Vaccination in the Punjab 1883-1896 - 1883-1896
Year: 1883
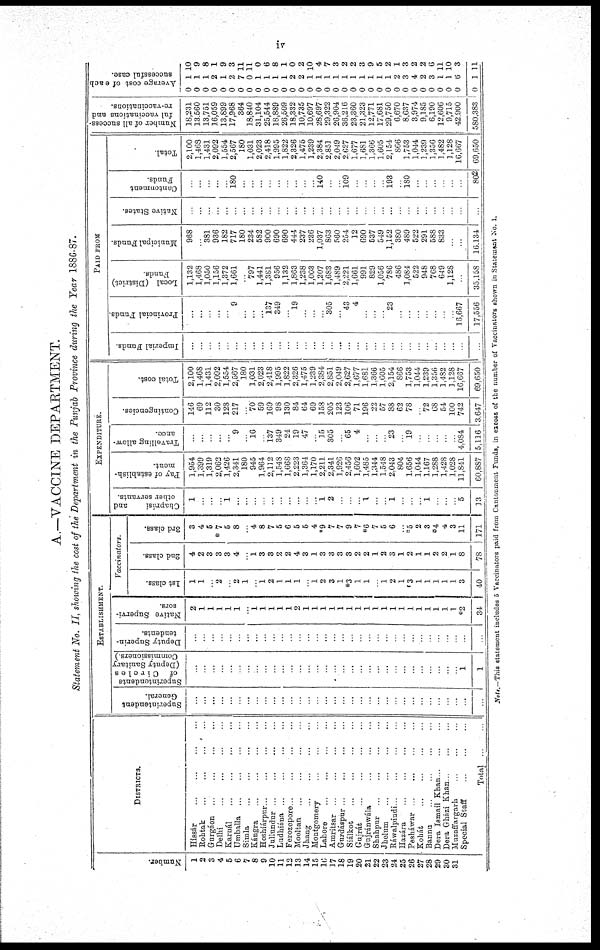
iv
A.—VACCINE DEPARTMENT.
Statement No. II, showing the cost of the Department in the Punjab Province during the Year 1886-87.
Number.
1
2
3
4
5
6
7
8
9
10
11
12
13
14
15
16
17
18
19
20
21
22
23
24
25
26
27
28
29
30
31
DISTRICTS.
Hissár
...
...
...
...
Rohtak
...
...
...
...
Gurgáon ... ... ... ...
Delhi
...
...
...
...
Karnál
...
...
...
...
Umballa
...
...
...
...
Simla ... ... ... ...
Kángra
...
...
...
...
Hoshiárpur ... ... ... ...
Jullundur ... ... ... ...
Ludhiána ... ... ... ...
Ferozepore ... ... ... ...
Mooltan
...
...
...
...
Jhang ... ... ... ...
Montgomery
...
...
...
...
Lahore ... ... ... ...
Amritsar
...
...
...
...
Gurdáspùr ... ... ... ...
Siálkot
...
...
...
...
Gujrát
...
...
...
...
Gujránwála
...
...
...
...
Shahpur ... ... ... ...
Jhelum
...
...
...
...
Ráwalpindi
...
...
...
...
Hazára ... ... ... ...
Pesháwar ... ... ... ...
Kohát
...
...
...
...
Bannu ... ... ... ...
Dera Ismail Khan ... ...
Dera Gházi Khan
...
...
Muzaffargarh ... ... ...
Special Staff ... ... ...
Total
...
...
ESTABLISHMENT.
Superintendent
General.
...
...
...
...
...
...
...
...
...
...
...
...
...
...
...
...
...
...
...
...
...
...
...
...
...
...
...
...
...
...
...
...
...
Superintendents
of Circles
(Deputy Sanitary
Commissioners.)
...
...
...
...
...
...
...
...
...
...
...
...
...
...
...
...
...
...
...
...
...
...
...
...
...
...
...
...
...
...
...
1
1
Deputy Superin-
tendents.
...
...
...
...
...
...
...
...
...
...
...
...
...
...
...
...
...
...
...
...
...
...
...
...
...
...
...
...
...
...
...
...
...
Native Supervi-
sors.
2
1
1
1
1
1
...
1 1
1
1
1
2
1
1
1
1
1
1
1
1
1
1
1
1
1
1
1
1
1
1
*2
34
Vaccinators.
1st class.
1
1
...
2
...
2
1
...
1
2
1
1
1
...
1
2
3
1
*3
1
1
...
1
2
1
3
1
1
1
1
1
3
40
2nd class.
4
2
3
3
3
4
...
1
3
3
2
2
4
3
1
3
3
3
3
2
2
1
2
3
1
2
1
1
2
2
1
8
78
3rd class.
3
4
5
*7
5
8
...
4 8
7
5
6
5
5
4
*9
7
7
9
7
*6
7
5
6
*5
2
3
*4
4
3
11
171
EXPENDITURE.
Chaprási
and
other servants.
1
...
...
...
1
...
...
...
...
...
...
...
...
...
...
1 2
...
...
...
1
...
...
1
...
...
...
1
...
...
...
5
13
Pay of establish-
ment.
1,954
1,399
1,319
2,062
1,426
2,341
180
945
1,964
2,112
1,548
1,668
2,223
1,364
1,170
2,211
2,341
1,926
2,456
1,602
1,485
1,344
1,548
2,043
804
1,656
1,044
1,167
1,288
1,428
1,028
11,841
60,887
Travelling allow-
ance.
...
...
...
...
...
9
...
16
...
137
349
24
19
47
...
15
305
...
65
4
...
...
...
23
...
19
...
...
...
...
...
4,084
5,116
Contingencies.
146
69
112
30
128
217
...
70
59
169
98
130
84
64
69
158
205
123
106
71
196
22
57
88
62
78
72
68
54
100
742
3,647
Total cost.
2,100
1,468
1,431
2,092
1,554
2,567
180
1,031
2,023
2,418
1,995
1,822
2,326
1,475
1,239
2,384
2,851
2,049
2,627
1,677
1,681
1,366
1,605
2,154
866
1,753
1,044
1,239
1,356
1,482
1,128
16,667
69,650
PAID FROM
Imperial Funds.
...
...
...
...
...
...
...
...
...
...
...
...
...
...
...
...
...
...
...
...
...
...
...
...
...
...
...
...
...
...
...
...
...
Provincial Funds.
...
...
...
...
...
9
...
...
...
137
349
...
19
...
...
...
305
...
43
4
...
...
...
23
...
...
...
...
...
...
...
16,667
17,556
Local (District)
Funds.
1,132
1,468
1,050
1,156
1,372
1,661
...
797
1,441
1,381
956
1,132
1,863
1,238
1,003
1,207
1,683
1,489
2,221
1,661
991
829
1,056
786
486
1,084
522
948
768
649
1,128
...
35,158
Municipal Funds.
968
...
381
936
182
717
180
234
582
900
690
690
444
237
236
1,037
863
560
254
12
690
537
549
1,152
380
489
522
291
588
833
...
...
16,134
Native States.
...
...
...
...
...
...
...
...
...
...
...
...
...
...
...
...
...
...
...
...
...
...
...
...
...
...
...
...
...
...
...
...
...
Cantonment
Funds.
...
...
...
...
...
180
...
...
...
...
...
...
...
...
...
140
...
...
109
...
...
...
...
193
...
180
...
...
...
...
...
...
802
Total.
2,100
1,468
1,431
2,092
1,554
2,567
180
1,031
2,023
2,418
1,995
1,822
2,326
1,475
1,239
2,384
2,851
2,049
2,627
1,677
1,681
1,366
1,605
2,154
866
1,753
1,044
1,239
1,356
1,482
1,128
16,667
69,650
Number of all success-
ful vaccinations and
re-vaccinations.
18,231
13,560
13,751
16,059
13,899
17,968
364
18,840
31,104
25,544
18,889
26,509
18,332
10,735
10,697
28,697
29,322
26,904
36,216
23,360
21,323
12,771
17,681
29,750
6,670
8,637
3,974
9,185
6,190
12,606
9,715
42,900
580,383
Ave r
a ge cost of each
successful case.
0
0
0
0
0
0
0
0
0
0
0
0
0
0
0
0
0
0
0
0
0
0
0
0
0
0
0
0
0
0
0
0
0
1
1
1
2
1
2
7
0
1
1
1
1
2
2
1
1
1
1
1
1
1
1
1
1
2
3
4
2
3
1
1
6
1
10
9
8
1
9
3
11
11
0
6
8
1
0
2
10
4
7
3
2
2
3
9
5
2
1
3
2
2
6
11
10
3
11
Note.—This statement includes 5 Vaccinators paid from Cantonment Funds, in excess of the number of Vaccinators shown in Statement No. 1.